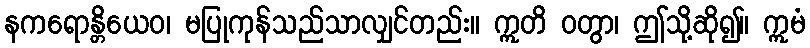
နကရောန္တိယေဝ၊ မပြုကုန်သည်သာလျှင်တည်း။ ဣတိ ဝတွာ၊ ဤသို့ဆို၍။ ဣမံ